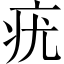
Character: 疣